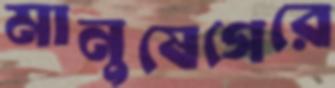
মানুষেগেরে